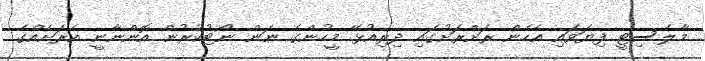
މާލެސިޓީ ފިޔަވައި އެހެން ރަށްރަށުގައި ދިރިއުޅޭ މީހުންގެ ނަން ނޯޓުކުރުން އޮންނާނީ އެރަށެއްގެ